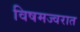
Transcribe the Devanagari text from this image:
विषमज्वरात